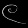
Digit: ၉